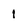
Character: i